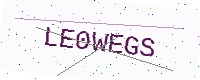
Text: LE0WEGS